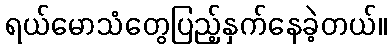
ရယ်မောသံတွေပြည့်နှက်နေခဲ့တယ်။